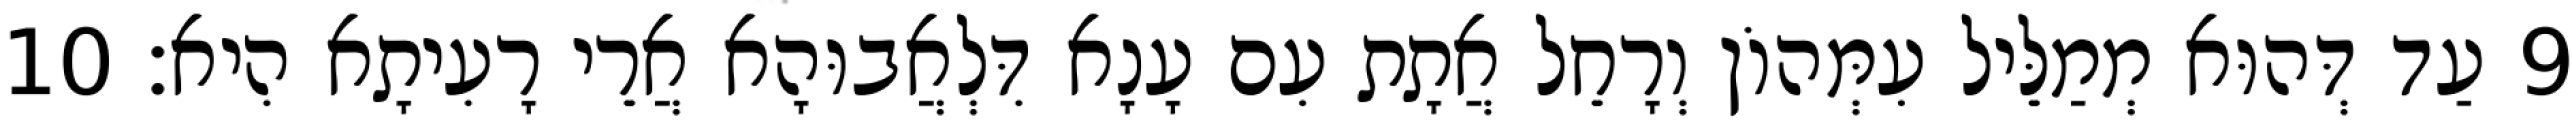
9 עַד דְּהוּא מְמַלֵּיל עִמְּהוֹן וְרָחֵל אֲתָת עִם עָנָא דִּלְאֲבוּהָא אֲרֵי רָעִיתָא הִיא׃ 10